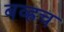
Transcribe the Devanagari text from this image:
बव्ह्रच